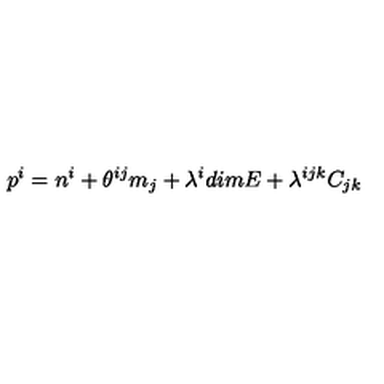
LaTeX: p ^ { i } = n ^ { i } + \theta ^ { i j } m _ { j } + \lambda ^ { i } d i m E + \lambda ^ { i j k } C _ { j k }